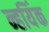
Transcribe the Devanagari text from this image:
न्हयिंक